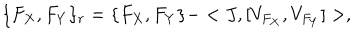
\{ F _ { X } , F _ { Y } \} _ { r } = \{ F _ { X } , F _ { Y } \} - < J , [ V _ { F _ { X } } , V _ { F _ { Y } } ] > ,